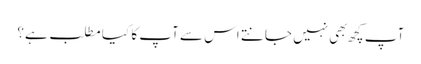
آپ کچھ بهی نہیں جانتے اس سے آپ کا کیا مطلب ہے؟